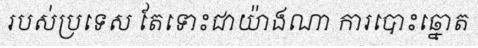
របស់ប្រទេស តែទោះជាយ៉ាងណា ការបោះឆ្នោត